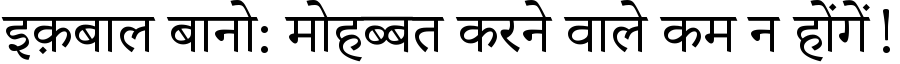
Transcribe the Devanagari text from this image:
इक़बाल बानो: मोहब्बत करने वाले कम न होंगें!